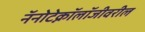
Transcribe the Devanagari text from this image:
नॅनोटेक्नॉलॉजीवरील